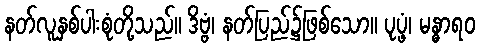
နတ်လူနှစ်ပါးစုံတို့သည်။ ဒိဗ္ဗံ၊ နတ်ပြည်၌ဖြစ်သော။ ပုပ္ဖံ၊ မန္ဓာရဝ